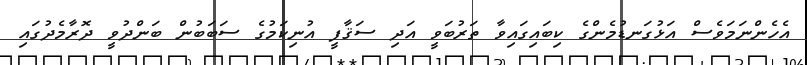
އެހެންނަމަވެސް އަޅުގަނޑުމެންގެ ކިބައިގައިވާ ތަރުބަވީ އަދި ސަޤާފީ އުނިކަމުގެ ސަބަބުން ބަންދުވީ ދޮރާމެދުގައި